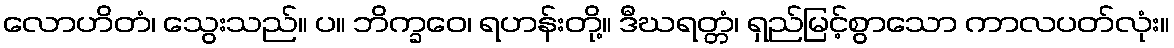
လောဟိတံ၊ သွေးသည်။ ပ။ ဘိက္ခဝေ၊ ရဟန်းတို့။ ဒီဃရတ္တံ၊ ရှည်မြင့်စွာသော ကာလပတ်လုံး။